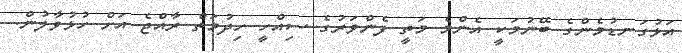
އަޅުގަނޑުމެންގެ ބޭނުމަކީ އެންމެ މަތީ ފެންވަރުގެ ސިއްހީ ހިދުމަތް ރާއްޖެ އަށް ހުޅުވާލުން.